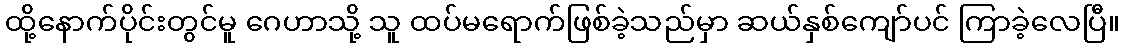
ထို့နောက်ပိုင်းတွင်မူ ဂေဟာသို့ သူ ထပ်မရောက်ဖြစ်ခဲ့သည်မှာ ဆယ်နှစ်ကျော်ပင် ကြာခဲ့လေပြီ။